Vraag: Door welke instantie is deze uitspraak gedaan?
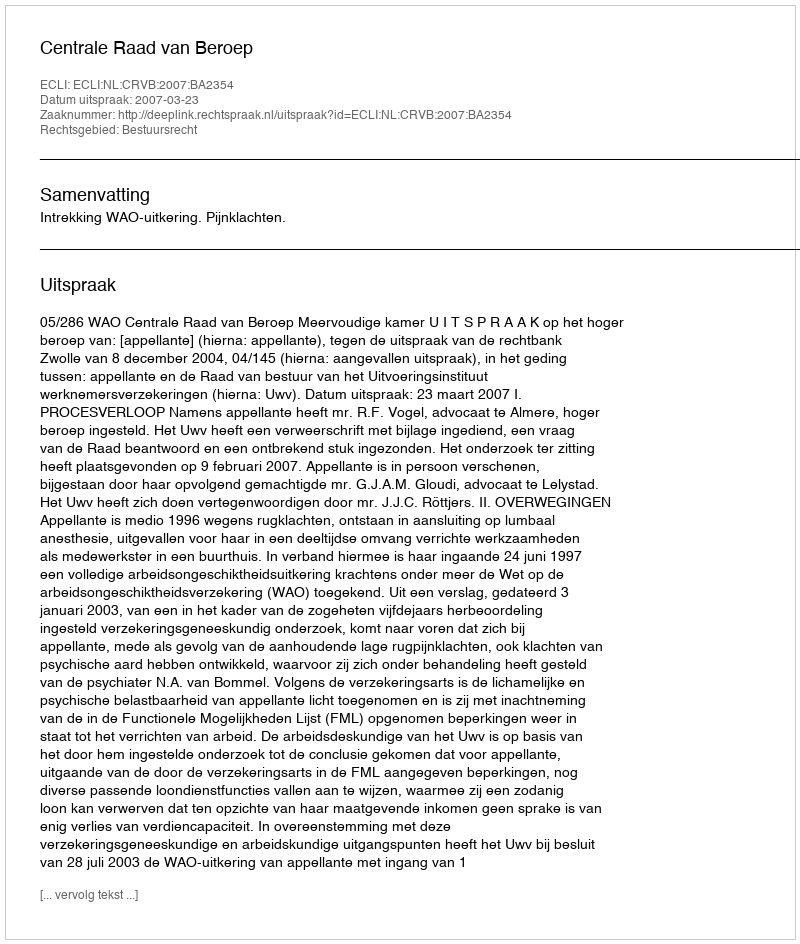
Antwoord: Centrale Raad van Beroep